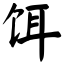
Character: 饵